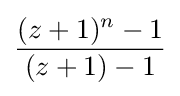
{\frac {(z+1)^{n}-1}{(z+1)-1}}